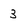
Character: 3